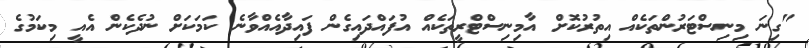
"ގިނަ މިނިސްޓަރުންތަކެއް އިތުރުކޮށް އާމިނިސްޓްރީތަކެއް އުފައްދައިގެން ފައިދާއެއްވާނެ ކަމަކަށް ނުދެކެން އެއީ މިކަމުގެ